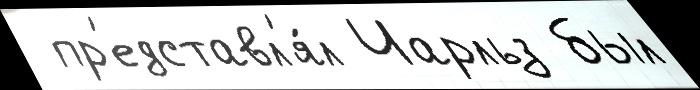
 пр'едставл'я́л Чарльз был